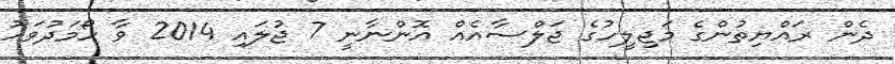
ދެން ރައްޔިތުންގެ މަޖިލީހުގެ ޖަލްސާއެއް އޮންނާނީ 7 ޖުލައި 2014 ވާ ހޯމަދުވަހު